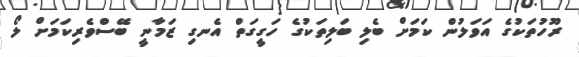
ރޫހުތަކުގެ އަވަލުން ކަމަށް ބެލި ބަލިތަކުގެ ހަގީގަތް އެނގި ޒަމާނީ ބޭސްވެރިކަމަށް ލޯ